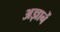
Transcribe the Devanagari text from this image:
अज्ञानें